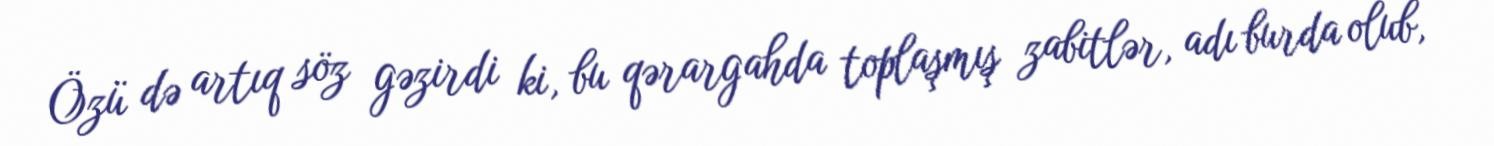
Özü də artıq söz gəzirdi ki, bu qərargahda toplaşmış zabitlər, adı burda olub,